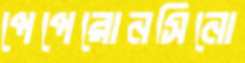
পেপেরোনসিনো